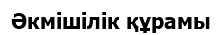
Әкмішілік құрамы